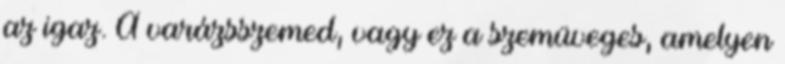
az igaz. A varázsszemed, vagy ez a szemüveges, amelyen